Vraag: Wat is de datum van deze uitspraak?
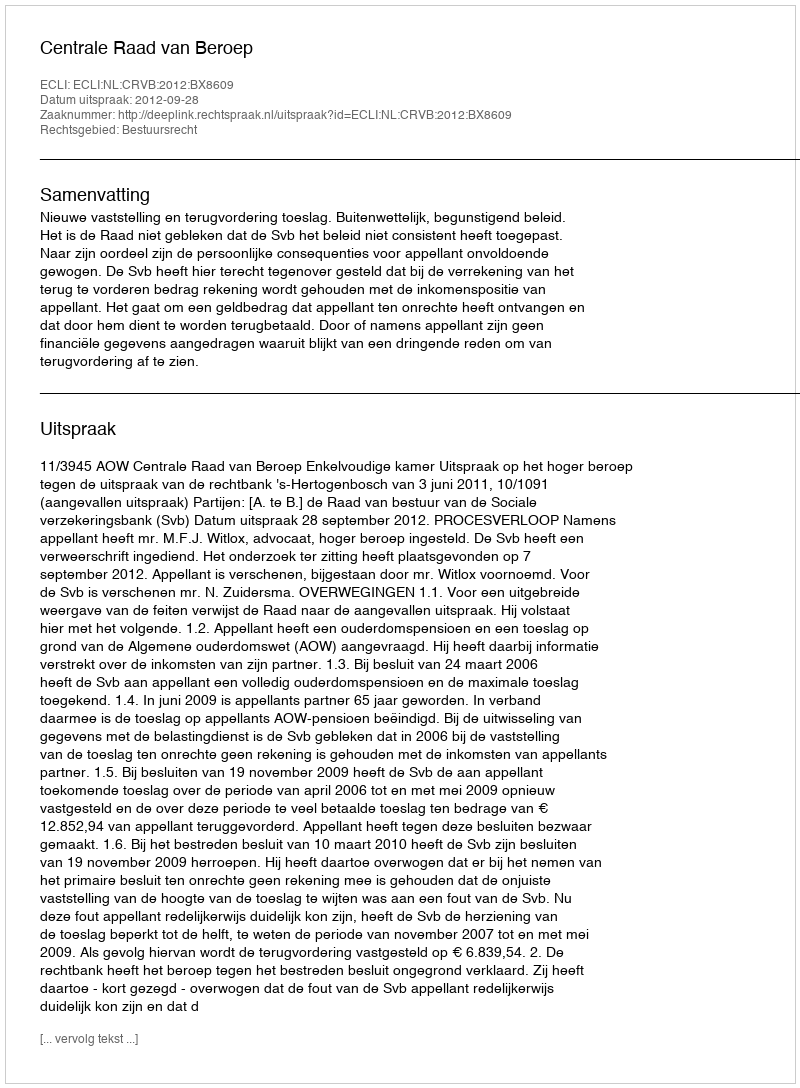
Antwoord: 2012-09-28